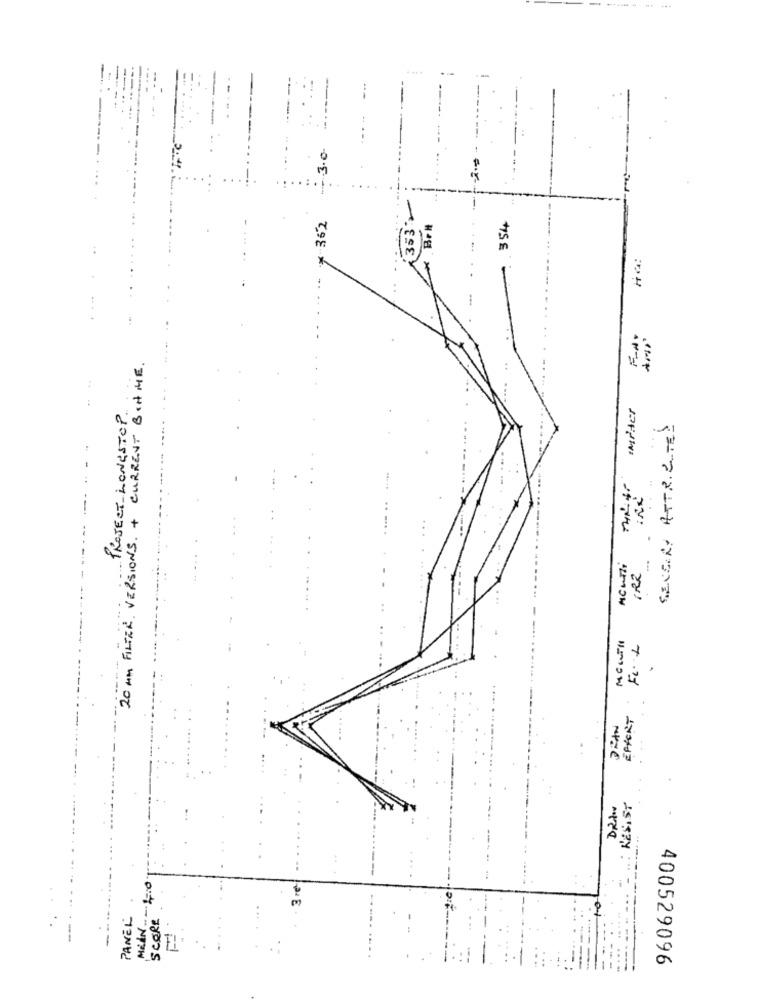
3.0
* 362
3532
354
..
FIN:
20 MM FILTER, VERSIONS. + CURRENT BIN ME.
PROJECT LONGSTOP.
impter
SEVERO ATTRIBUTES
.
1122
.
EPFERT
RESIST
MEIN-1:0
PANEL
SCORE
400529096